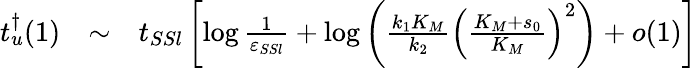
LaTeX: \begin{array}{rcl}{t_{u}^{\dagger}(1)}&{\sim}&{t_{SSl}\left[\log\frac{1}{\varepsilon_{SSl}}+\log\left(\frac{k_{1}K_{M}}{k_{2}}\left(\frac{K_{M}+s_{0}}{K_{M}}\right)^{2}\right)+o(1)\right]}\end{array}